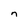
Character: n